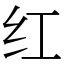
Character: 红